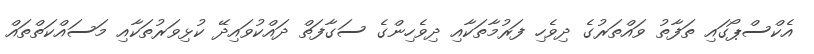
އެކްސްޕޯގައި ތަފާތު ވައްތަރުގެ ދިވެހި ފަރުމާތަކާއި ދިވެހިންގެ ސަގާފަތް ދައްކުވައިދޭ ކުޅިވަރުތަކާއި މަސައްކަތްތައް